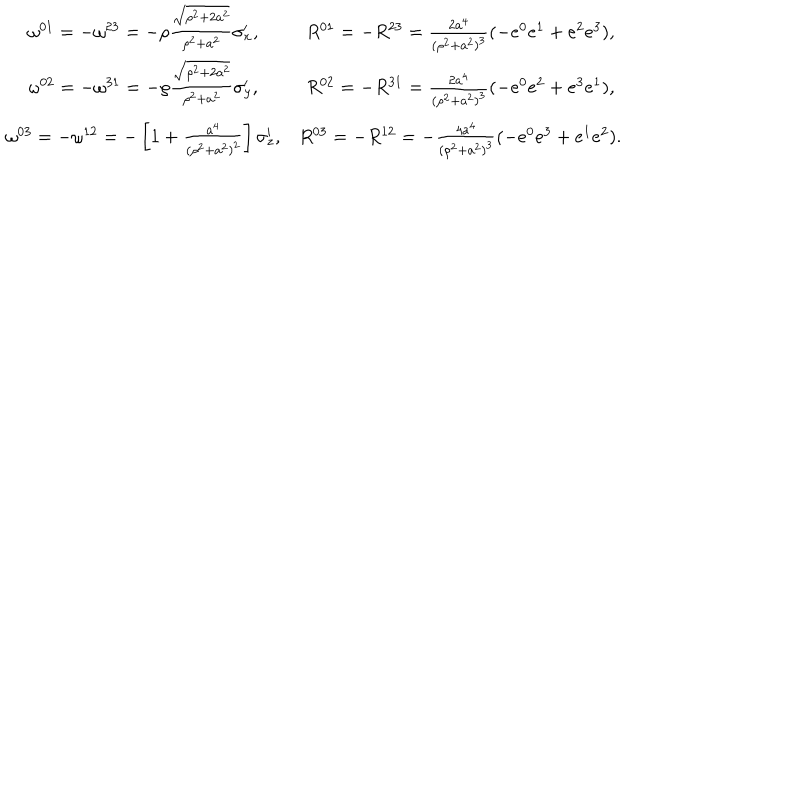
\begin{matrix} { { \omega ^ { 0 1 } = - \omega ^ { 2 3 } = - \rho { \frac { \sqrt { \rho ^ { 2 } + 2 a ^ { 2 } } } { \rho ^ { 2 } + a ^ { 2 } } } \sigma _ { x } ^ { \prime } , } } & { { R ^ { 0 1 } = - R ^ { 2 3 } = { \frac { 2 a ^ { 4 } } { ( \rho ^ { 2 } + a ^ { 2 } ) ^ { 3 } } } ( - e ^ { 0 } e ^ { 1 } + e ^ { 2 } e ^ { 3 } ) , } } \\ { { \omega ^ { 0 2 } = - \omega ^ { 3 1 } = - \rho { \frac { \sqrt { \rho ^ { 2 } + 2 a ^ { 2 } } } { \rho ^ { 2 } + a ^ { 2 } } } \sigma _ { y } ^ { \prime } , } } & { { R ^ { 0 2 } = - R ^ { 3 1 } = { \frac { 2 a ^ { 4 } } { ( \rho ^ { 2 } + a ^ { 2 } ) ^ { 3 } } } ( - e ^ { 0 } e ^ { 2 } + e ^ { 3 } e ^ { 1 } ) , } } \\ { { \omega ^ { 0 3 } = - \omega ^ { 1 2 } = - \left[ 1 + { \frac { a ^ { 4 } } { ( \rho ^ { 2 } + a ^ { 2 } ) ^ { 2 } } } \right] \sigma _ { z } ^ { \prime } , } } & { { R ^ { 0 3 } = - R ^ { 1 2 } = - { \frac { 4 a ^ { 4 } } { ( \rho ^ { 2 } + a ^ { 2 } ) ^ { 3 } } } ( - e ^ { 0 } e ^ { 3 } + e ^ { 1 } e ^ { 2 } ) . } } \\ \end{matrix}